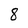
Character: 8